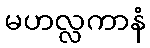
မဟလ္လကာနံ